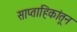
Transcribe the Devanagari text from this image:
साप्ताहिकांतून